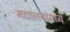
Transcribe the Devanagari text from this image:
मद्यालयांमध्ये